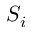
S _ { i }